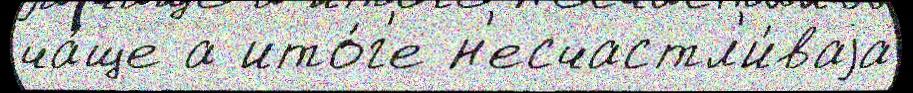
ча́ще а ито́г'е н'есчастл'и́ваjа